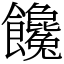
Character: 饞